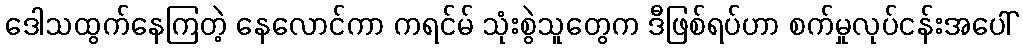
ဒေါသထွက်နေကြတဲ့ နေလောင်ကာ ကရင်မ် သုံးစွဲသူတွေက ဒီဖြစ်ရပ်ဟာ စက်မှုလုပ်ငန်းအပေါ်